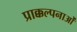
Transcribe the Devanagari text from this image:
प्राक्कल्पनाओं